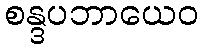
စန္ဒပဘာယေဝ